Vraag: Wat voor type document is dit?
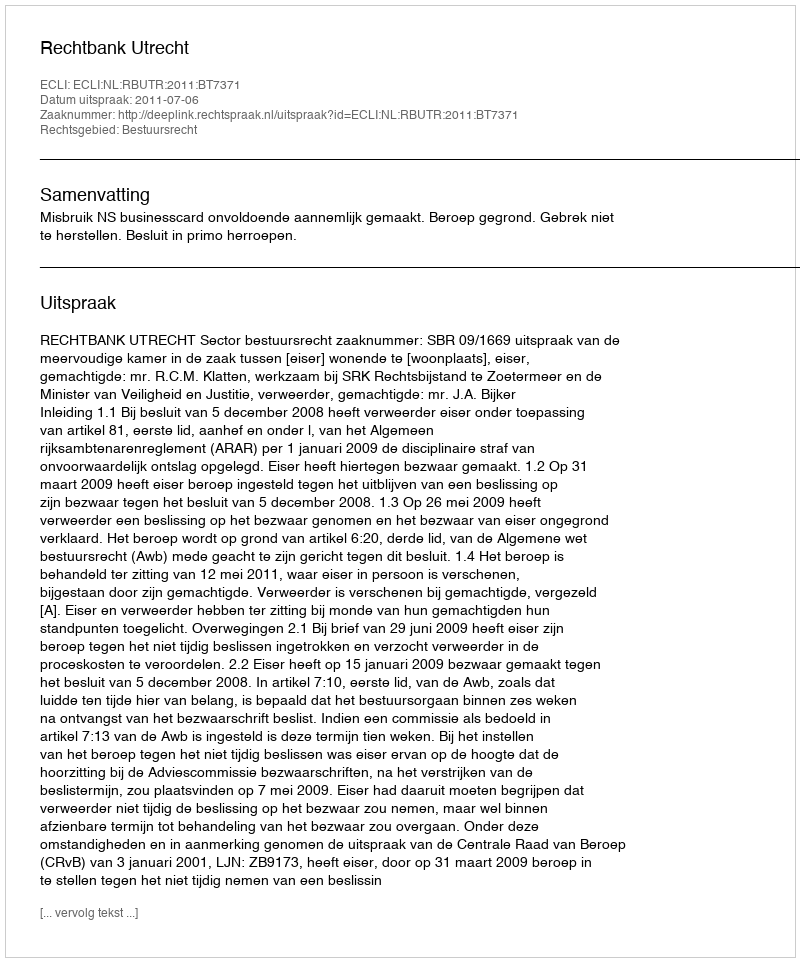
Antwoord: Uitspraak